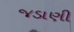
જડાણી